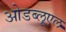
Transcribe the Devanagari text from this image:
ओडब्लूएल